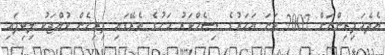
އެދެމަފިރިންނަށް 2007 ވަނަ އަހަރުގެ ޑިސެމްބަރު މަހުގެ ތެރޭގައި ފިރިހެން ކުއްޖަކު ލިބިފައި